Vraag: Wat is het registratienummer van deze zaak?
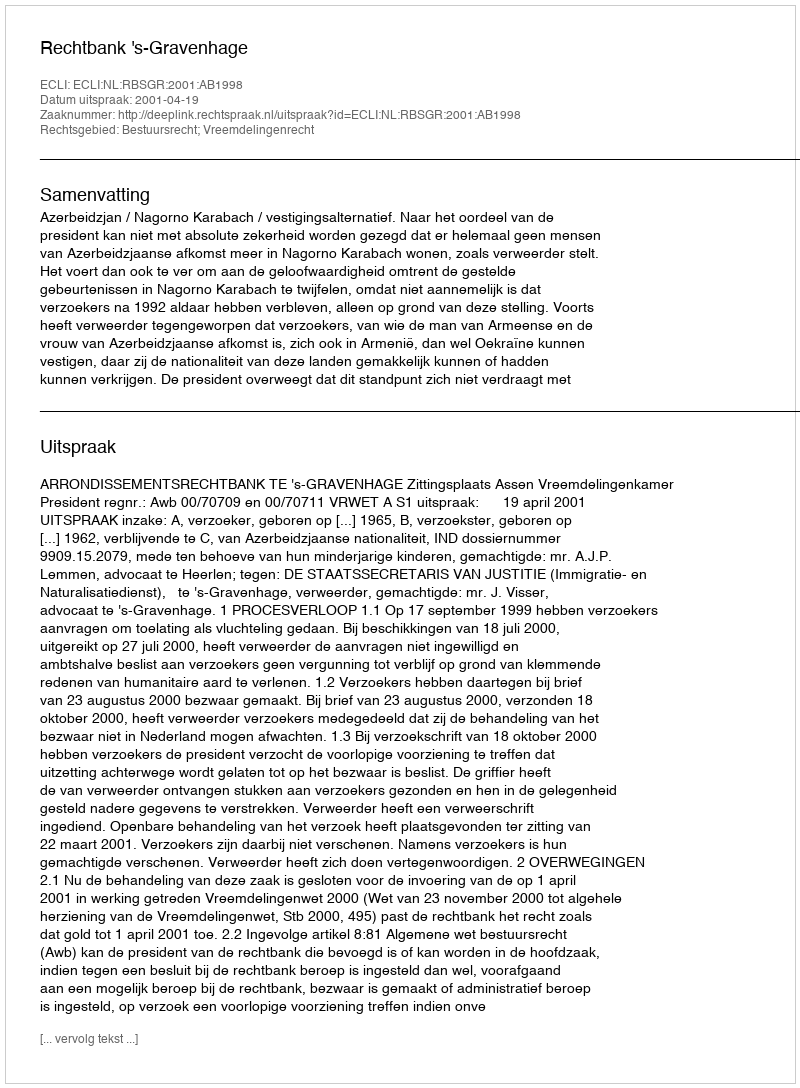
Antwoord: http://deeplink.rechtspraak.nl/uitspraak?id=ECLI:NL:RBSGR:2001:AB1998